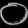
Digit: ၀